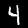
Label: 4